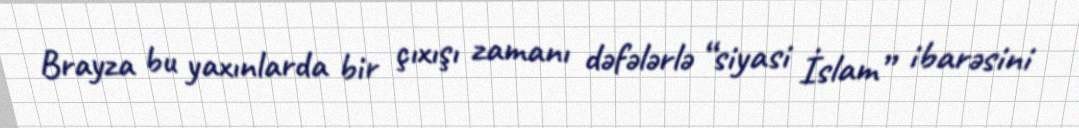
Brayza bu yaxınlarda bir çıxışı zamanı dəfələrlə “siyasi İslam” ibarəsini